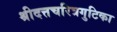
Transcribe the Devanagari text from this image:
श्रीदत्तचरित्रगुटिका